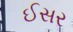
ઈસર